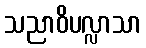
သညာဝိပလ္လာသာ